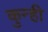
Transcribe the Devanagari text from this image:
कुन्ही